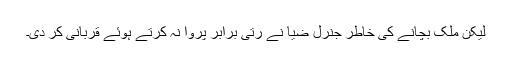
لیکن ملک بچانے کی خاطر جنرل ضیا نے رتی برابر پروا نہ کرتے ہوئے قربانی کر دی۔